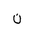
Letter: _non